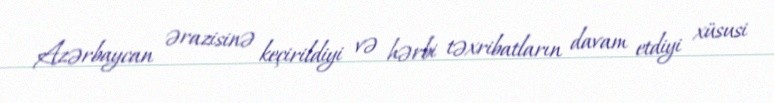
Azərbaycan ərazisinə keçirildiyi və hərbi təxribatların davam etdiyi xüsusi